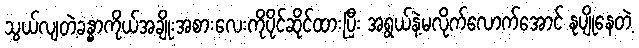
သွယ်လျတဲ့ခန္ဓာကိုယ်အချိုးအစားလေးကိုပိုင်ဆိုင်ထားပြီး အရွယ်နဲ့မလိုက်လောက်အောင် နုပျိုနေတဲ့